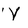
Character: V